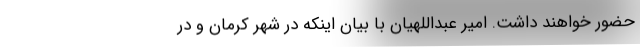
حضور خواهند داشت. امیر عبداللهیان با بیان اینکه در شهر کرمان و در